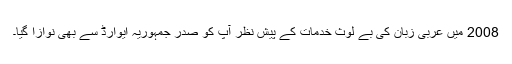
2008 میں عربی زبان کی بے لوث خدمات کے پیش نظر آپ کو صدر جمہوریہ ایوارڈ سے بھی نوازا گیا۔